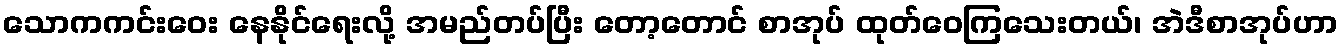
သောကကင်းဝေး နေနိုင်ရေးလို့ အမည်တပ်ပြီး တော့တောင် စာအုပ် ထုတ်ဝေကြသေးတယ်၊ အဲဒီစာအုပ်ဟာ